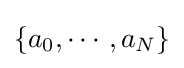
\{a_{0},\cdots ,a_{N}\}